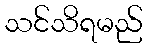
သင်သိရမည်